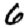
Digit: 6